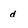
Character: d